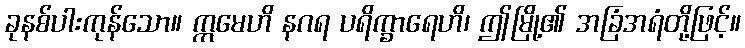
ခုနစ်ပါးကုန်သော။ ဣမေဟိ နဂရ ပရိက္ခာရေဟိ၊ ဤမြို့၏ အခြံအရံတို့ဖြင့်။